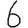
Digit: 6